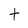
Character: t